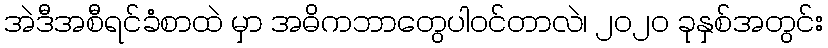
အဲဒီအစီရင်ခံစာထဲ မှာ အဓိကဘာတွေပါဝင်တာလဲ၊ ၂၀၂၀ ခုနှစ်အတွင်း